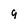
Character: 9